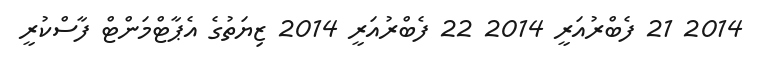
2014 21 ފެބްރުއަރީ 2014 22 ފެބްރުއަރީ 2014 ޒިޔަތުގެ އެޕާޓްމަންޓް ފާސްކުރީ